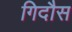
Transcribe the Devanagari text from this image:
गिदौस